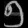
Digit: ၅